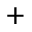
^ +